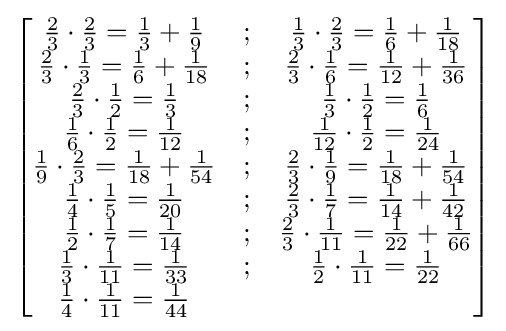
{\begin{bmatrix}{\frac {2}{3}}\cdot {\frac {2}{3}}={\frac {1}{3}}+{\frac {1}{9}}&;&{\frac {1}{3}}\cdot {\frac {2}{3}}={\frac {1}{6}}+{\frac {1}{18}}\\{\frac {2}{3}}\cdot {\frac {1}{3}}={\frac {1}{6}}+{\frac {1}{18}}&;&{\frac {2}{3}}\cdot {\frac {1}{6}}={\frac {1}{12}}+{\frac {1}{36}}\\{\frac {2}{3}}\cdot {\frac {1}{2}}={\frac {1}{3}}&;&{\frac {1}{3}}\cdot {\frac {1}{2}}={\frac {1}{6}}\\{\frac {1}{6}}\cdot {\frac {1}{2}}={\frac {1}{12}}&;&{\frac {1}{12}}\cdot {\frac {1}{2}}={\frac {1}{24}}\\{\frac {1}{9}}\cdot {\frac {2}{3}}={\frac {1}{18}}+{\frac {1}{54}}&;&{\frac {2}{3}}\cdot {\frac {1}{9}}={\frac {1}{18}}+{\frac {1}{54}}\\{\frac {1}{4}}\cdot {\frac {1}{5}}={\frac {1}{20}}&;&{\frac {2}{3}}\cdot {\frac {1}{7}}={\frac {1}{14}}+{\frac {1}{42}}\\{\frac {1}{2}}\cdot {\frac {1}{7}}={\frac {1}{14}}&;&{\frac {2}{3}}\cdot {\frac {1}{11}}={\frac {1}{22}}+{\frac {1}{66}}\\{\frac {1}{3}}\cdot {\frac {1}{11}}={\frac {1}{33}}&;&{\frac {1}{2}}\cdot {\frac {1}{11}}={\frac {1}{22}}\\{\frac {1}{4}}\cdot {\frac {1}{11}}={\frac {1}{44}}&&\\\end{bmatrix}}